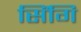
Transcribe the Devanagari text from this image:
सिंगि